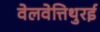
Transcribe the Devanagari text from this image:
वेलवेत्तिथुरई